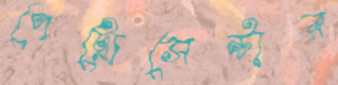
পেট্রোসেন্টার